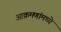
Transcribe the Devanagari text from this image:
आक्रमणांमध्ये